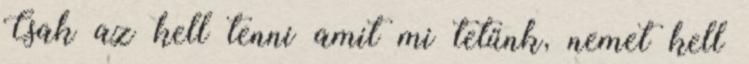
Csak az kell tenni amit mi tetűnk, nemet kell